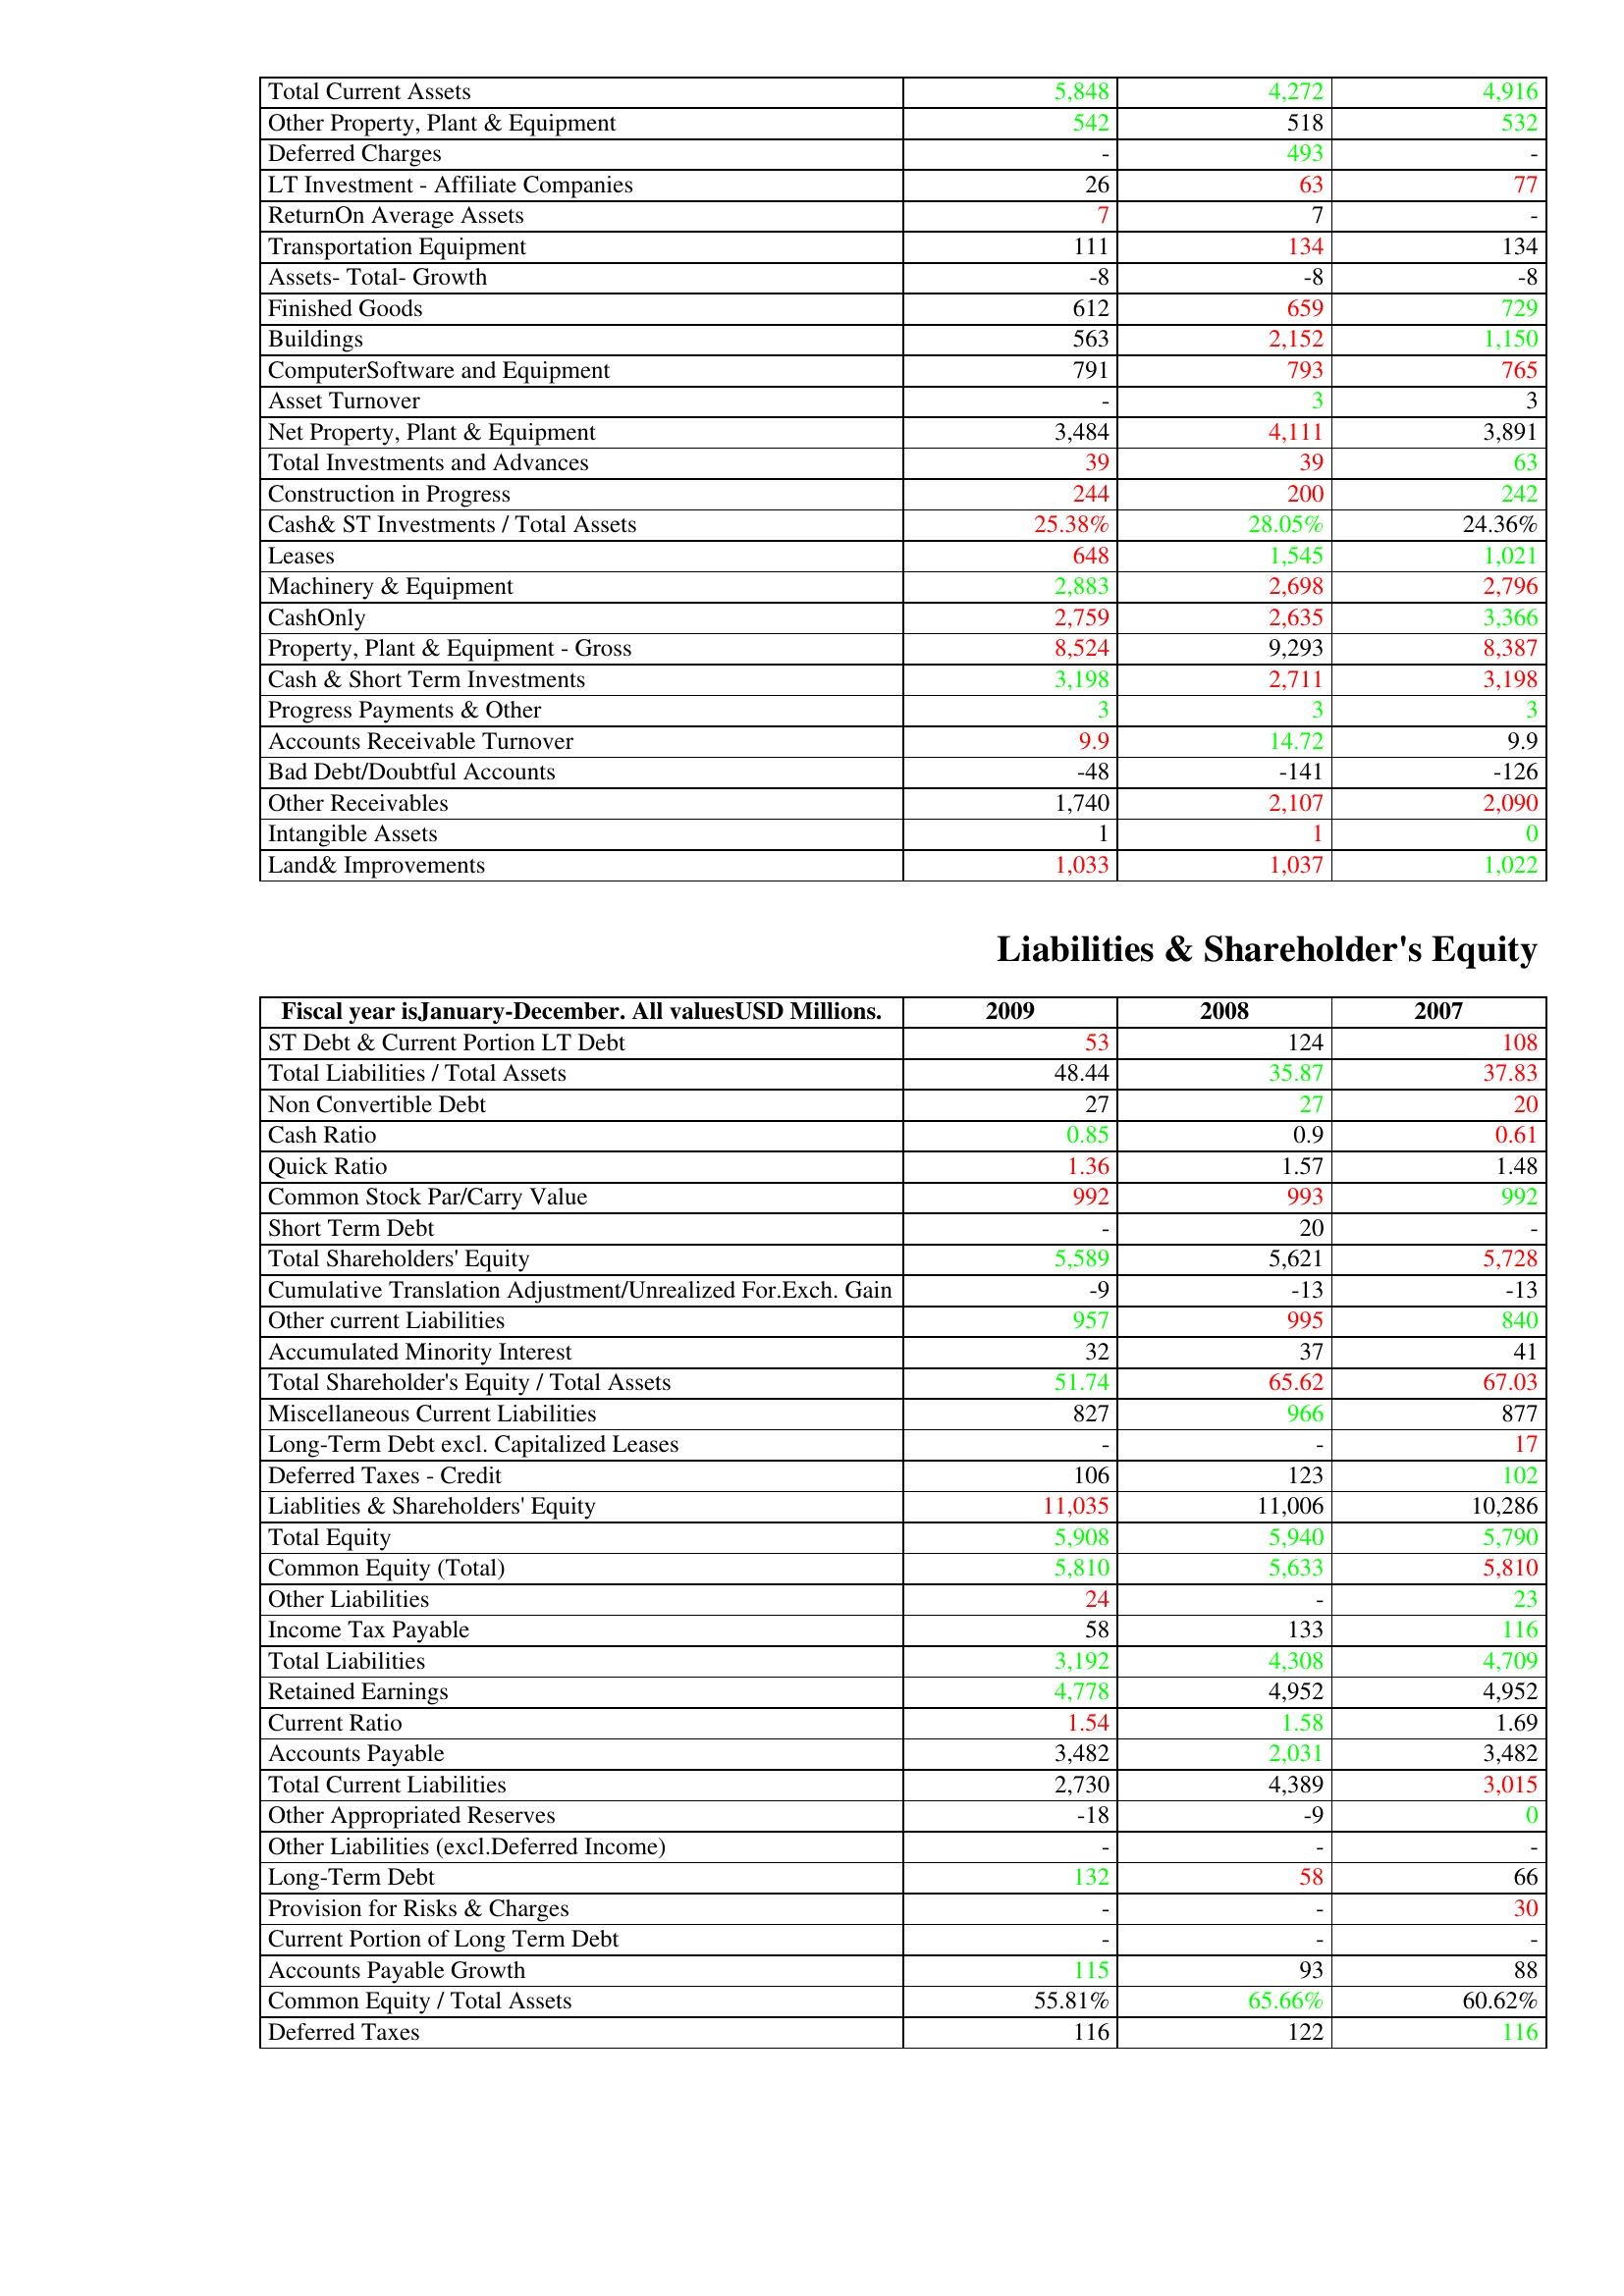
gt_parse: 2009: Assets: Total Current Assets: 5,848
Other Property, Plant & Equipment: 542
Deferred Charges: -
LT Investment - Affiliate Companies: 26
ReturnOn Average Assets: 7
Transportation Equipment: 111
Assets- Total- Growth: -8
Finished Goods: 612
Buildings: 563
ComputerSoftware and Equipment: 791
Asset Turnover: -
Net Property, Plant & Equipment: 3,484
Total Investments and Advances: 39
Construction in Progress: 244
Cash& ST Investments / Total Assets: 25.38%
Leases: 648
Machinery & Equipment: 2,883
CashOnly: 2,759
Property, Plant & Equipment - Gross : 8,524
Cash & Short Term Investments: 3,198
Progress Payments & Other: 3
Accounts Receivable Turnover: 9.9
Bad Debt/Doubtful Accounts: -48
Other Receivables: 1,740
Intangible Assets: 1
Land& Improvements: 1,033
Liabilities & Shareholder's Equity: ST Debt & Current Portion LT Debt: 53
Total Liabilities / Total Assets: 48.44
Non Convertible Debt: 27
Cash Ratio: 0.85
Quick Ratio: 1.36
Common Stock Par/Carry Value: 992
Short Term Debt: -
Total Shareholders' Equity: 5,589
Cumulative Translation Adjustment/Unrealized For.Exch. Gain: -9
Other current Liabilities: 957
Accumulated Minority Interest: 32
Total Shareholder's Equity / Total Assets: 51.74
Miscellaneous Current Liabilities: 827
Long-Term Debt excl. Capitalized Leases: -
Deferred Taxes - Credit: 106
Liablities & Shareholders' Equity: 11,035
Total Equity: 5,908
Common Equity (Total): 5,810
Other Liabilities: 24
Income Tax Payable: 58
Total Liabilities: 3,192
Retained Earnings: 4,778
Current Ratio: 1.54
Accounts Payable: 3,482
Total Current Liabilities: 2,730
Other Appropriated Reserves: -18
Other Liabilities (excl.Deferred Income): -
Long-Term Debt: 132
Provision for Risks & Charges: -
Current Portion of Long Term Debt: -
Accounts Payable Growth: 115
Common Equity / Total Assets: 55.81%
Deferred Taxes: 116
2008: Assets: Total Current Assets: 4,272
Other Property, Plant & Equipment: 518
Deferred Charges: 493
LT Investment - Affiliate Companies: 63
ReturnOn Average Assets: 7
Transportation Equipment: 134
Assets- Total- Growth: -8
Finished Goods: 659
Buildings: 2,152
ComputerSoftware and Equipment: 793
Asset Turnover: 3
Net Property, Plant & Equipment: 4,111
Total Investments and Advances: 39
Construction in Progress: 200
Cash& ST Investments / Total Assets: 28.05%
Leases: 1,545
Machinery & Equipment: 2,698
CashOnly: 2,635
Property, Plant & Equipment - Gross : 9,293
Cash & Short Term Investments: 2,711
Progress Payments & Other: 3
Accounts Receivable Turnover: 14.72
Bad Debt/Doubtful Accounts: -141
Other Receivables: 2,107
Intangible Assets: 1
Land& Improvements: 1,037
Liabilities & Shareholder's Equity: ST Debt & Current Portion LT Debt: 124
Total Liabilities / Total Assets: 35.87
Non Convertible Debt: 27
Cash Ratio: 0.9
Quick Ratio: 1.57
Common Stock Par/Carry Value: 993
Short Term Debt: 20
Total Shareholders' Equity: 5,621
Cumulative Translation Adjustment/Unrealized For.Exch. Gain: -13
Other current Liabilities: 995
Accumulated Minority Interest: 37
Total Shareholder's Equity / Total Assets: 65.62
Miscellaneous Current Liabilities: 966
Long-Term Debt excl. Capitalized Leases: -
Deferred Taxes - Credit: 123
Liablities & Shareholders' Equity: 11,006
Total Equity: 5,940
Common Equity (Total): 5,633
Other Liabilities: -
Income Tax Payable: 133
Total Liabilities: 4,308
Retained Earnings: 4,952
Current Ratio: 1.58
Accounts Payable: 2,031
Total Current Liabilities: 4,389
Other Appropriated Reserves: -9
Other Liabilities (excl.Deferred Income): -
Long-Term Debt: 58
Provision for Risks & Charges: -
Current Portion of Long Term Debt: -
Accounts Payable Growth: 93
Common Equity / Total Assets: 65.66%
Deferred Taxes: 122
2007: Assets: Total Current Assets: 4,916
Other Property, Plant & Equipment: 532
Deferred Charges: -
LT Investment - Affiliate Companies: 77
ReturnOn Average Assets: -
Transportation Equipment: 134
Assets- Total- Growth: -8
Finished Goods: 729
Buildings: 1,150
ComputerSoftware and Equipment: 765
Asset Turnover: 3
Net Property, Plant & Equipment: 3,891
Total Investments and Advances: 63
Construction in Progress: 242
Cash& ST Investments / Total Assets: 24.36%
Leases: 1,021
Machinery & Equipment: 2,796
CashOnly: 3,366
Property, Plant & Equipment - Gross : 8,387
Cash & Short Term Investments: 3,198
Progress Payments & Other: 3
Accounts Receivable Turnover: 9.9
Bad Debt/Doubtful Accounts: -126
Other Receivables: 2,090
Intangible Assets: 0
Land& Improvements: 1,022
Liabilities & Shareholder's Equity: ST Debt & Current Portion LT Debt: 108
Total Liabilities / Total Assets: 37.83
Non Convertible Debt: 20
Cash Ratio: 0.61
Quick Ratio: 1.48
Common Stock Par/Carry Value: 992
Short Term Debt: -
Total Shareholders' Equity: 5,728
Cumulative Translation Adjustment/Unrealized For.Exch. Gain: -13
Other current Liabilities: 840
Accumulated Minority Interest: 41
Total Shareholder's Equity / Total Assets: 67.03
Miscellaneous Current Liabilities: 877
Long-Term Debt excl. Capitalized Leases: 17
Deferred Taxes - Credit: 102
Liablities & Shareholders' Equity: 10,286
Total Equity: 5,790
Common Equity (Total): 5,810
Other Liabilities: 23
Income Tax Payable: 116
Total Liabilities: 4,709
Retained Earnings: 4,952
Current Ratio: 1.69
Accounts Payable: 3,482
Total Current Liabilities: 3,015
Other Appropriated Reserves: 0
Other Liabilities (excl.Deferred Income): -
Long-Term Debt: 66
Provision for Risks & Charges: 30
Current Portion of Long Term Debt: -
Accounts Payable Growth: 88
Common Equity / Total Assets: 60.62%
Deferred Taxes: 116